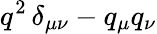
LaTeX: q^{2}\, \delta_{\mu\nu}-q_{\mu}q_{\nu}